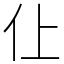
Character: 仩